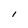
Character: I